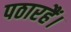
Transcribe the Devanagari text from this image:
पठारहैं।